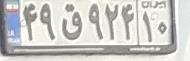
۴۹ق۹۲۴۱۰